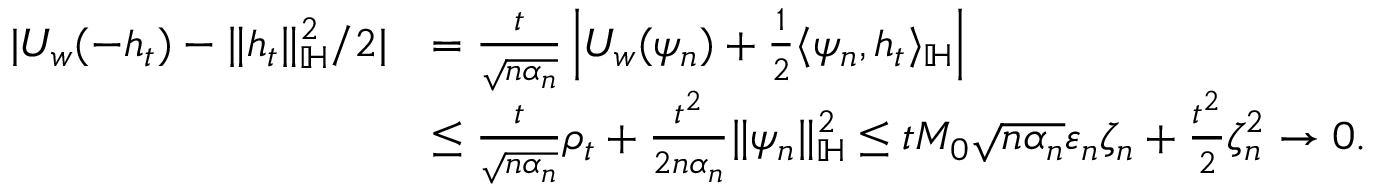
\begin{array} { r l } { | U _ { w } ( - h _ { t } ) - \| h _ { t } \| _ { \mathbb { H } } ^ { 2 } / 2 | } & { = \frac { t } { \sqrt { n \alpha _ { n } } } \left| U _ { w } ( \psi _ { n } ) + \frac { 1 } { 2 } \langle \psi _ { n } , h _ { t } \rangle _ { \mathbb { H } } \right| } \\ & { \leq \frac { t } { \sqrt { n \alpha _ { n } } } \rho _ { t } + \frac { t ^ { 2 } } { 2 n \alpha _ { n } } \| \psi _ { n } \| _ { \mathbb { H } } ^ { 2 } \leq t M _ { 0 } \sqrt { n \alpha _ { n } } \varepsilon _ { n } \zeta _ { n } + \frac { t ^ { 2 } } { 2 } \zeta _ { n } ^ { 2 } \to 0 . } \end{array}